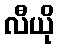
လီယို